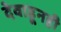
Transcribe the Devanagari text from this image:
देवाहूनही